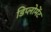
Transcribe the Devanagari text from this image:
डिप्लोमेंट